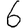
Digit: 6